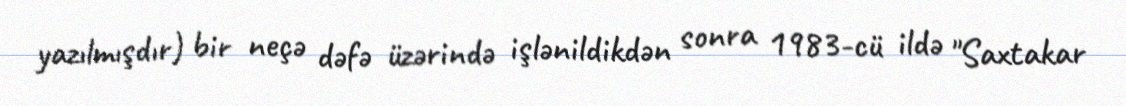
yazılmışdır) bir neçə dəfə üzərində işlənildikdən sonra 1983-cü ildə "Saxtakar